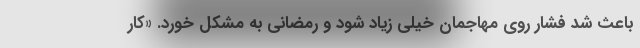
باعث شد فشار روی مهاجمان خیلی زیاد شود و رمضانی به مشکل خورد. «کار